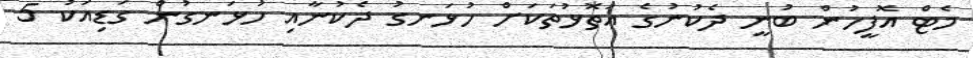
މެޓް އޮފީހުން ބުނީ ދެކުނުގެ އަތޮޅުތަކަށް ހުޅަނގު ދެކުނާއި ހުޅަނގުން ގަޑިއަކު 5